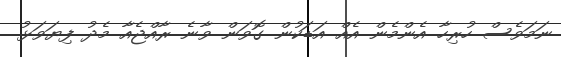
ނަމަވެސް ހުރިހާ އެންމެން އެއް އަޑަކުން ގޮވަން ވާނެ ރާއްޖެއާ މެދު ފިޔަވަޅު